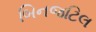
બિનજટિલ